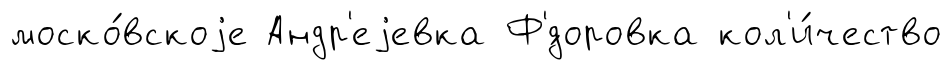
моско́вскоjе Андр'еjевка Ф'́доровка кол'и́чество